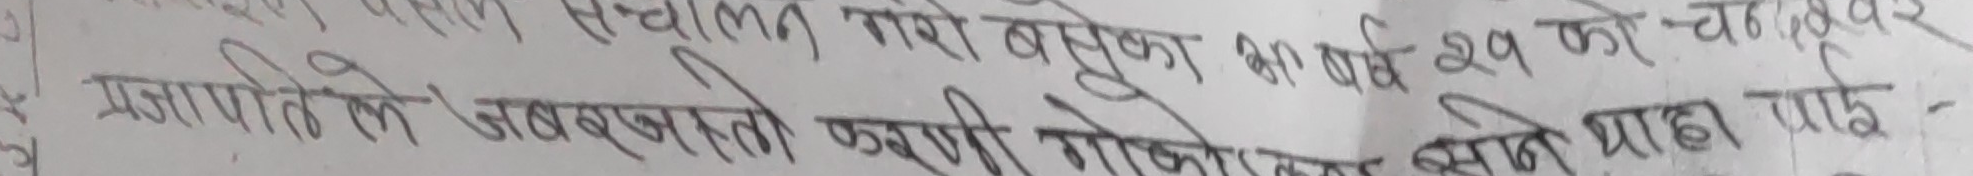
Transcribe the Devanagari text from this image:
" संचालन गरी बसेका आ बर्ष २१ को चन
प्रजापोते ले जबरजस्ती करणी गोको सोने थाहा पाई"